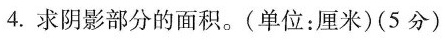
4.求阴影部分的面积。(单位：厘米)(5分)